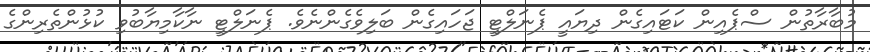
މުބާރާތުން ސްޕެއިން ކަޓައިގެން ދިޔައީ ޕެނަލްޓީ ޖަހައިގެން ބަލިވެގެންނެވެ. ޕެނަލްޓީ ނާކާމިޔާބުވި ކުޅުންތެރިންގެ